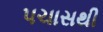
પચાસથી